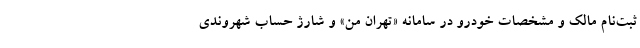
ثبت‌نام مالک و مشخصات خودرو در سامانه «تهران من» و شارژ حساب شهروندی